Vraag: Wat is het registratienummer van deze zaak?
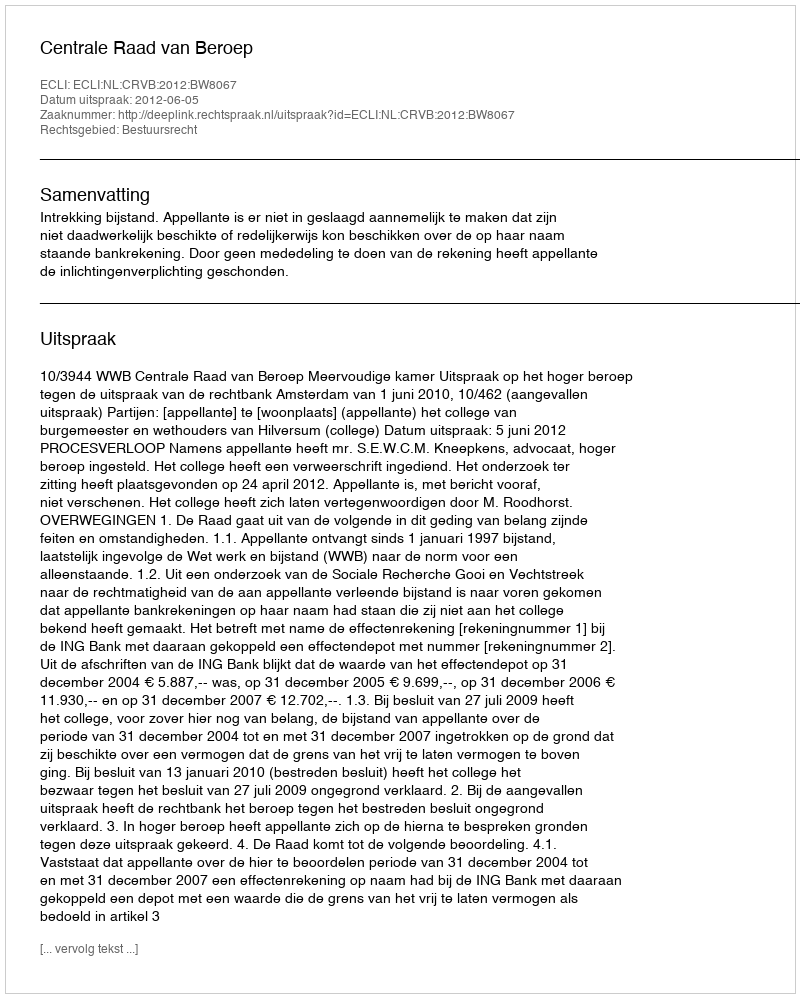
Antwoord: http://deeplink.rechtspraak.nl/uitspraak?id=ECLI:NL:CRVB:2012:BW8067